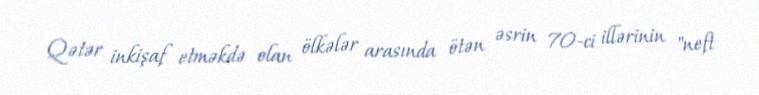
Qətər inkişaf etməkdə olan ölkələr arasında ötən əsrin 70-ci illərinin "neft